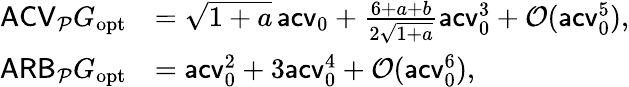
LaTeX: \begin{array}{rl}{\mathsf{ACV}_{\mathcal P}G_{\mathrm{opt}}}&{=\sqrt{1+a}\, \mathsf{acv}_{0}+\frac{6+a+b}{2\sqrt{1+a}}\mathsf{acv}_{0}^{3}+\mathcal O(\mathsf{acv}_{0}^{5}),}\\ {\mathsf{ARB}_{\mathcal P}G_{\mathrm{opt}}}&{=\mathsf{acv}_{0}^{2}+3\mathsf{acv}_{0}^{4}+\mathcal O(\mathsf{acv}_{0}^{6}),}\end{array}